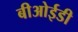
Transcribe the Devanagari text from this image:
बीओईडी